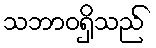
သဘာဝရှိသည်